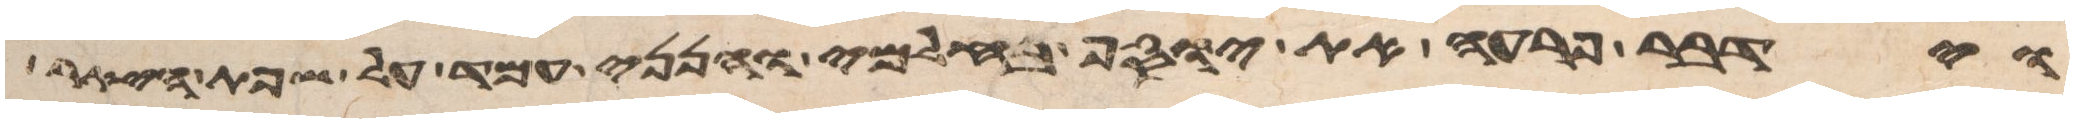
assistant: וידבר פרעה את יוסף בחלמי והנני עמד על שפת היאר